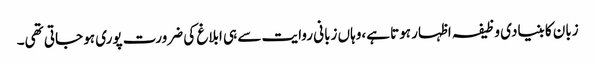
زبان کا بنیادی وظیفہ اظہار ہوتا ہے،وہاں زبانی روایت سے ہی ابلاغ کی ضرورت پوری ہو جاتی تھی۔